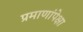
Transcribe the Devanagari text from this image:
प्रमाणांपेक्षा